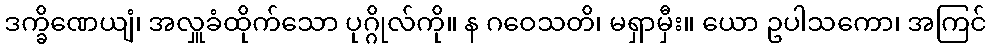
ဒက္ခိဏေယျံ၊ အလှူခံထိုက်သော ပုဂ္ဂိုလ်ကို။ န ဂဝေသတိ၊ မရှာမှီး။ ယော ဥပါသကော၊ အကြင်